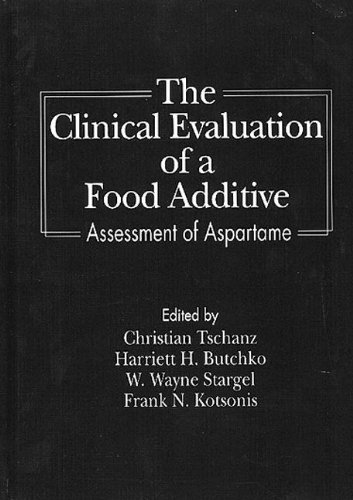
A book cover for The Clinical Evaluation of a Food Additive: Assessment of Aspartame; Health, Fitness & Dieting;